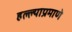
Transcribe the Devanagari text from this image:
हल्ल्याप्रमाणे